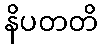
နိပတတိ